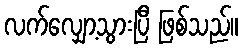
လက်လျှော့သွားပြီ ဖြစ်သည်။